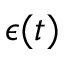
\epsilon ( t )